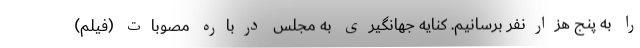
را به پنج هزارنفر برسانیم. کنایه جهانگیری به مجلس درباره مصوبات (فیلم)